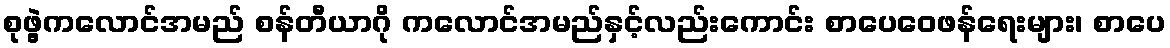
စုဖွဲ့ကလောင်အမည် စန်တီယာဂို ကလောင်အမည်နှင့်လည်းကောင်း စာပေဝေဖန်ရေးများ၊ စာပေ